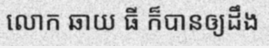
លោក ឆាយ ធី ក៏បានឲ្យដឹង